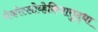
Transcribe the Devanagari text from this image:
चेकोस्लोव्हेकियासुद्धा